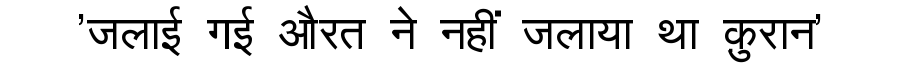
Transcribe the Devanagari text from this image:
'जलाई गई औरत ने नहीं जलाया था क़ुरान'